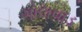
ગોલવાડ